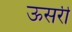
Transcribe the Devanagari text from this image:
ऊसरी